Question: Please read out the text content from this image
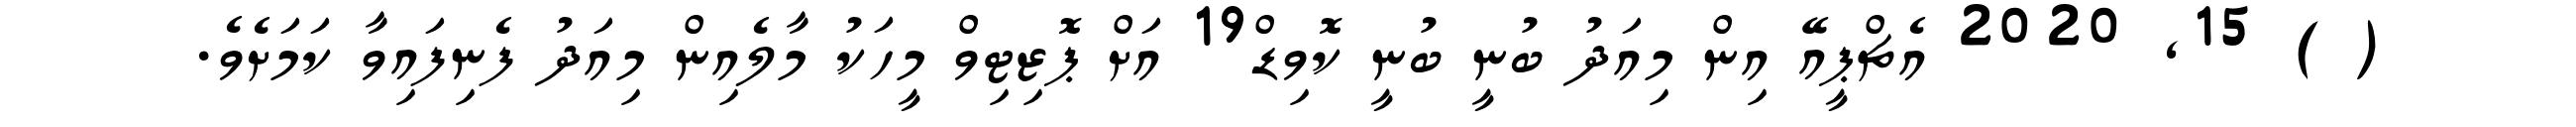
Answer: ( ) 15, 2020 އެޗްޕީއޭ އިން މިއަދު ބުނީ ބުނީ ކޮވިޑް19 އަށް ޕޮޒިޓިވް މީހަކު މާލެއިން މިއަދު ފެނިފައިވާ ކަމަށެވެ.